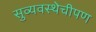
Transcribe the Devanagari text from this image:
सुव्यवस्थेचीपण